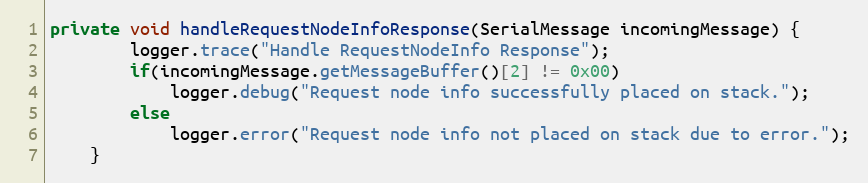
Language: Java
private void handleRequestNodeInfoResponse(SerialMessage incomingMessage) {
		logger.trace("Handle RequestNodeInfo Response");
		if(incomingMessage.getMessageBuffer()[2] != 0x00)
			logger.debug("Request node info successfully placed on stack.");
		else
			logger.error("Request node info not placed on stack due to error.");
	}